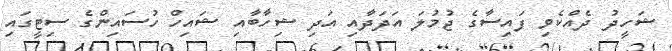
ޝަހީދު ދެއްކެވި ފައިސާގެ ޖުމުލަ އަދަދާއި އަދި ޝިހާބާއި ޝައިހް ހުސައިންގެ ސިޓީގައި